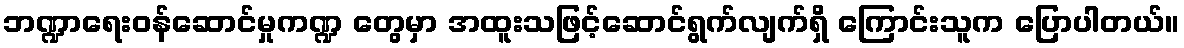
ဘဏ္ဍာရေးဝန်ဆောင်မှုကဏ္ဍ တွေမှာ အထူးသဖြင့်ဆောင်ရွက်လျက်ရှိ ကြောင်းသူက ပြောပါတယ်။